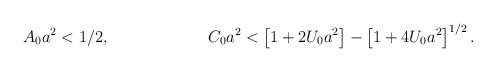
\begin{align*}A_0a^2 < 1/2, ~~~~~~~~~~~~~~~~~~C_0a^2 < \left[1+2U_0a^2\right] - \left[1 +4U_0a^2\right]^{1/2}.\end{align*}